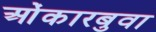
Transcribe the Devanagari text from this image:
ओंकारबुवा